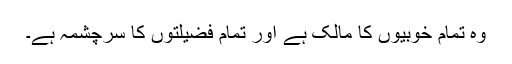
وہ تمام خوبیوں کا مالک ہے اور تمام فضیلتوں کا سرچشمہ ہے۔